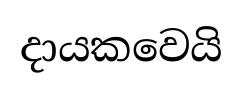
දායකවෙයි